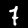
Label: 7